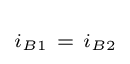
\scriptstyle i_{B1}~=~i_{B2}